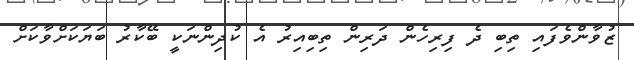
ޒުވާންވެފައި ތިބި ދެ ފިރިހެން ދަރިން ތިބިއިރު އެ ކުދިންނަކީ ބޭކާރު ބަޔަކަށްވާކަށް